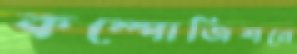
কম্পোজিশনে